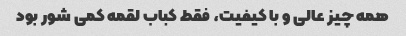
همه چیز عالی و با کیفیت، فقط کباب لقمه کمی شور بود